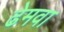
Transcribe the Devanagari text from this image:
ढेमवा